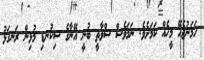
ހަމަނުޖެހޭ މީހެއް ކަމަށެވެ. ނަމަވެސް ސްވާތީ ބުނީ އޭނާގެ ސިކުނޑި މުޅިން ރަނގަޅު